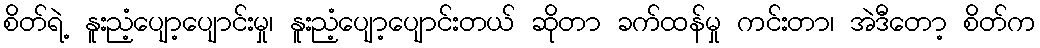
စိတ်ရဲ့ နူးညံ့ပျော့ပျောင်းမှု၊ နူးညံ့ပျော့ပျောင်းတယ် ဆိုတာ ခက်ထန်မှု ကင်းတာ၊ အဲဒီတော့ စိတ်က